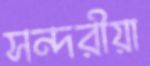
সন্দরীয়া